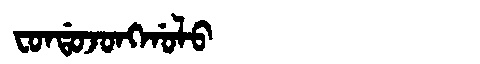
Manchu: ᠸᠣᠨᡩᠣᠵᠣᠩᡤᠣᠯᠣ
Romanization: FONDOJONGGOLO